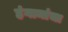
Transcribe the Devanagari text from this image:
हंगामांचा